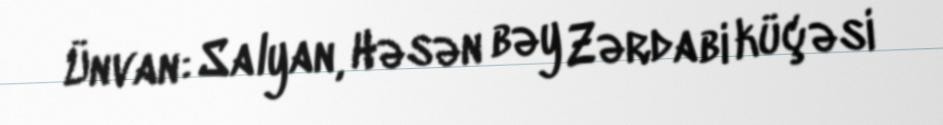
Ünvan: Salyan, Həsən bəy Zərdabi küçəsi